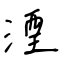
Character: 湮